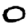
Digit: 0